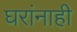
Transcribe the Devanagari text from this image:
घरांनाही